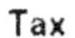
TAX